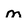
Character: m